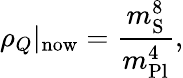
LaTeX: \rho_{Q}\vert_{\mathrm{now}}=\frac{m_{\mathrm{S}}^{8}}{m_{\mathrm{Pl}}^{4}},